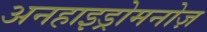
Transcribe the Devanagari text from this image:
अनहाइड्रोमनोज़